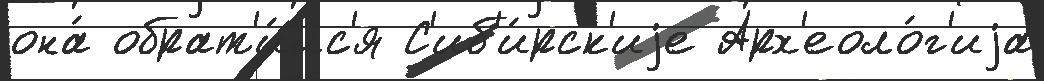
она́ обрат'и́лс'я С'иб'и́рск'иjе Арх'еоло́г'иjа